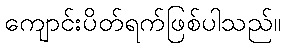
ကျောင်းပိတ်ရက်ဖြစ်ပါသည်။